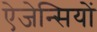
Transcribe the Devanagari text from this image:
ऐजेन्सियों